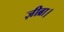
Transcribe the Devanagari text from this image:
ज़ीब्रा।